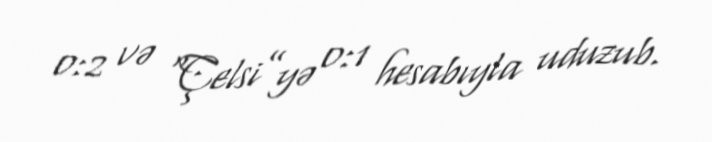
0:2 və “Çelsi”yə 0:1 hesabıyla uduzub.